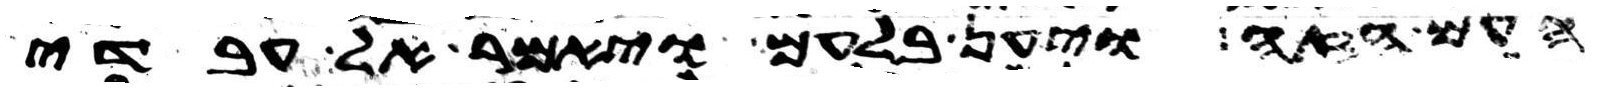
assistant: העם הזה ויען בלעם ויאמר אל עבדי